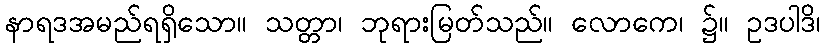
နာရဒအမည်ရရှိသော။ သတ္တာ၊ ဘုရားမြတ်သည်။ လောကေ၊ ၌။ ဥဒပါဒိ၊